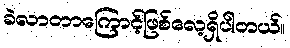
ခဲလာတာကြောင့်ဖြစ်လေ့ရှိပါတယ်။